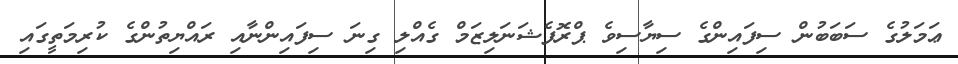
ޢަމަލުގެ ސަބަބުން ސިފައިންގެ ސިޔާސިވެ ޕްރޮފެޝަނަލިޒަމް ގެއްލި ގިނަ ސިފައިންނާއި ރައްޔިތުންގެ ކުރިމަތީގައި